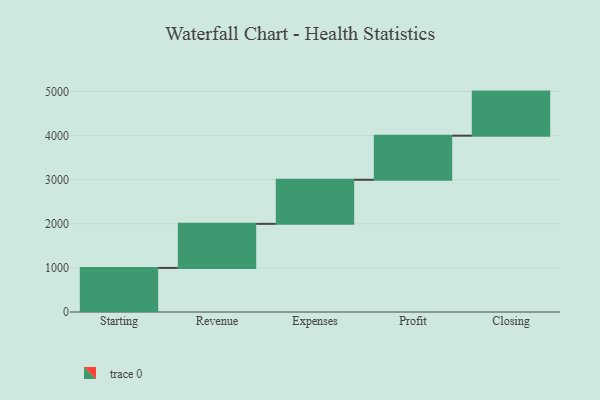
{"axis": {"x": "Step", "y": "Value"}, "legend": [""], "data": [{"x": "Starting", "y": 1000, "type": ""}, {"x": "Revenue", "y": 1000, "type": ""}, {"x": "Expenses", "y": 1000, "type": ""}, {"x": "Profit", "y": 1000, "type": ""}, {"x": "Closing", "y": 1000, "type": ""}]}